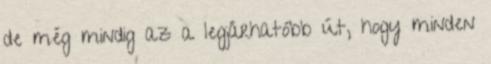
de még mindig az a legjárhatóbb út, hogy minden